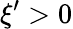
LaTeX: \xi^{\prime}>0